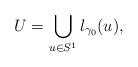
LaTeX: \begin{align*}U=\bigcup_{u\in S^1}l_{\gamma_0}(u),\end{align*}